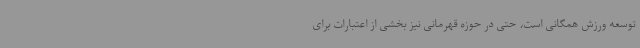
توسعه ورزش همگانی است، حتی در حوزه قهرمانی نیز بخشی از اعتبارات برای